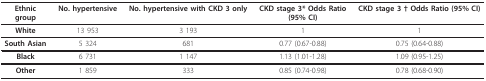
<table><thead><tr><td><b>Ethnicgroup</b></td><td><b>No. hypertensive</b></td><td><b>No. hypertensive with CKD 3 only</b></td><td><b>CKD stage 3* Odds Ratio(95% CI)</b></td><td><b>CKD stage 3 † Odds Ratio (95% CI)</b></td></tr></thead><tbody><tr><td><b>White</b></td><td>13 953</td><td>3 193</td><td>1</td><td>1</td></tr><tr><td><b>South Asian</b></td><td>5 324</td><td>681</td><td>0.77 (0.67-0.88)</td><td>0.75 (0.64-0.88)</td></tr><tr><td><b>Black</b></td><td>6 731</td><td>1 147</td><td>1.13 (1.01-1.28)</td><td>1.09 (0.95-1.25)</td></tr><tr><td><b>Other</b></td><td>1 859</td><td>333</td><td>0.85 (0.74-0.98)</td><td>0.78 (0.68-0.90)</td></tr></tbody></table>